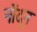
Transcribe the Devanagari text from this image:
नोंदून